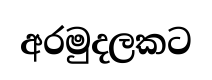
අරමුදලකට